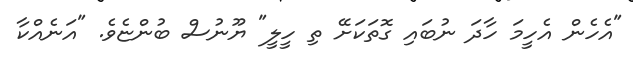
"އެހެން އެހީމަ ހާދަ ނުބައި ގޮތަކަށޭ ތި ހީލީ" ޔޫނުސް ބުންޏެވެ. "އަނެއްކާ